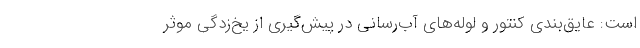
است: عایق‌بندی کنتور و لوله‌های آب‌رسانی در پیش‌گیری از یخ‌زدگی موثر